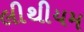
લીથીયમ